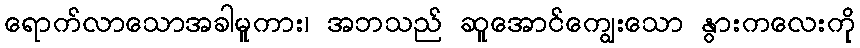
ရောက်လာသောအခါမူကား၊ အဘသည် ဆူအောင်ကျွေးသော နွားကလေးကို